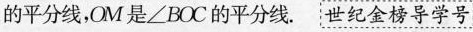
的平分线，OM是∠BOC的平分线. 世纪金榜导学号